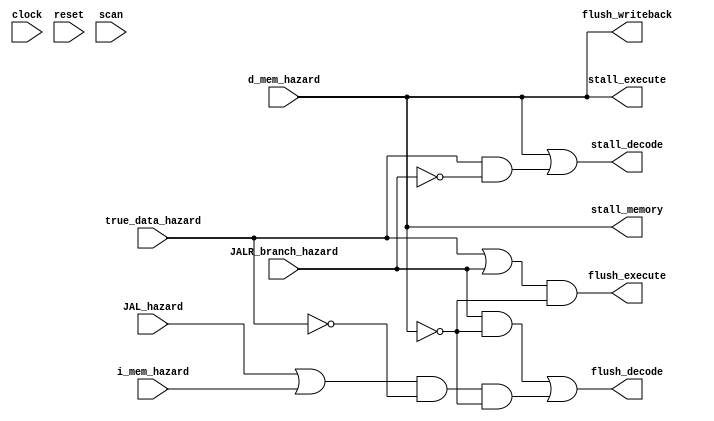
/*  @author : Adaptive & Secure Computing Systems (ASCS) Laboratory

 *  Copyright (c) 2019 BRISC-V (ASCS/ECE/BU)
 *  Permission is hereby granted, free of charge, to any person obtaining a copy
 *  of this software and associated documentation files (the "Software"), to deal
 *  in the Software without restriction, including without limitation the rights
 *  to use, copy, modify, merge, publish, distribute, sublicense, and/or sell
 *  copies of the Software, and to permit persons to whom the Software is
 *  furnished to do so, subject to the following conditions:
 *  The above copyright notice and this permission notice shall be included in
 *  all copies or substantial portions of the Software.
 z
 *  THE SOFTWARE IS PROVIDED "AS IS", WITHOUT WARRANTY OF ANY KIND, EXPRESS OR
 *  IMPLIED, INCLUDING BUT NOT LIMITED TO THE WARRANTIES OF MERCHANTABILITY,
 *  FITNESS FOR A PARTICULAR PURPOSE AND NONINFRINGEMENT. IN NO EVENT SHALL THE
 *  AUTHORS OR COPYRIGHT HOLDERS BE LIABLE FOR ANY CLAIM, DAMAGES OR OTHER
 *  LIABILITY, WHETHER IN AN ACTION OF CONTRACT, TORT OR OTHERWISE, ARISING FROM,
 *  OUT OF OR IN CONNECTION WITH THE SOFTWARE OR THE USE OR OTHER DEALINGS IN
 *  THE SOFTWARE.
 *
 */

module five_stage_stall_unit #(
  parameter CORE            = 0,
  parameter SCAN_CYCLES_MIN = 0,
  parameter SCAN_CYCLES_MAX = 1000
) (
  input clock,
  input reset,
  input true_data_hazard,
  input d_mem_hazard,
  input i_mem_hazard,
  input JALR_branch_hazard,
  input JAL_hazard,

  output stall_decode,
  output stall_execute,
  output stall_memory,

  output flush_decode,
  output flush_execute,
  output flush_writeback,

  input scan

);

/*******************************************************************************
 * Stall and Flush Priorities
 *
 * Hazards with higher priorities will have their associated operation
 * (stall or flush) output, overriding lower priority conditions. Only
 * decode and execute stages have both stall and flush operations.
 *
 * Decode Pipe Priorities
 *
 * -- higher priority
 * #1 D-Memory Hazards    (Stall)
 * #2 Branch/JALR Hazards (Flush)
 * #3 True Data Hazards   (Stall)
 * #4 JAL Hazards         (Flush)
 * #5 I-Memory Hazards    (Flush)
 * -- lower priority
 *
 * Execute Pipe Priorities
 *
 * -- higher priority
 * #1 D-Memory Hazards    (Stall)
 * #2 True Data Hazards   (Flush)
 * #3 Branch/JALR Hazards (Flush)
 * -- lower priority
 *
 ******************************************************************************/
assign stall_decode  = d_mem_hazard | (true_data_hazard & ~JALR_branch_hazard);
assign stall_execute = d_mem_hazard;
assign stall_memory  = d_mem_hazard;

assign flush_decode = (JALR_branch_hazard & ~d_mem_hazard) |
                      ((JAL_hazard | i_mem_hazard) & ~true_data_hazard & ~d_mem_hazard);

assign flush_execute = (true_data_hazard | JALR_branch_hazard)  & ~d_mem_hazard;
assign flush_writeback = d_mem_hazard;

reg [31: 0] cycles;
always @ (posedge clock) begin
  cycles <= reset? 0 : cycles + 1;
  if (scan  & ((cycles >= SCAN_CYCLES_MIN) & (cycles <= SCAN_CYCLES_MAX)) )begin
    $display ("------ Core %d Five Stage Stall Unit - Current Cycle %d ------", CORE, cycles);
    $display ("| Stall Decode     [%b]", stall_decode);
    $display ("| Stall Execute    [%b]", stall_execute);
    $display ("| Stall Memory     [%b]", stall_memory);
    $display ("| Flush Decode     [%b]", flush_decode);
    $display ("| Flush Execute    [%b]", flush_execute);
    $display ("| Flush Write Back [%b]", flush_writeback);
    $display ("----------------------------------------------------------------------");
  end
end

endmodule